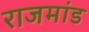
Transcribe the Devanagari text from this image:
राजमांड